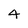
Character: 4